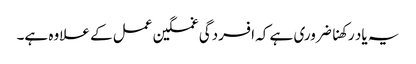
یہ یاد رکھنا ضروری ہے کہ افسردگی غمگین عمل کے علاوہ ہے۔